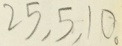
2 5 , 5 , 1 0 。